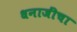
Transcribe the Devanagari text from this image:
धनाजींचा